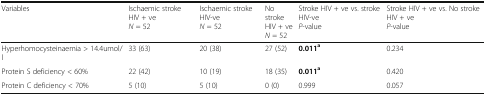
<table><thead><tr><td><b>Variables</b></td><td><b>Ischaemic stroke HIV + ve<i>N</i> = 52</b></td><td><b>Ischaemic stroke HIV-ve<i>N</i> = 52</b></td><td><b>No strokeHIV + ve<i>N</i> = 52</b></td><td><b>Stroke HIV + ve vs. stroke HIV-ve<i>P</i>-value</b></td><td><b>Stroke HIV + ve vs. No stroke HIV + ve<i>P</i>-value</b></td></tr></thead><tbody><tr><td>Hyperhomocysteinaemia &gt; 14.4umol/l</td><td>33 (63)</td><td>20 (38)</td><td>27 (52)</td><td><b>0.011</b><sup><b>a</b></sup></td><td>0.234</td></tr><tr><td>Protein S deficiency &lt; 60%</td><td>22 (42)</td><td>10 (19)</td><td>18 (35)</td><td><b>0.011</b><sup><b>a</b></sup></td><td>0.420</td></tr><tr><td>Protein C deficiency &lt; 70%</td><td>5 (10)</td><td>5 (10)</td><td>0 (0)</td><td>0.999</td><td>0.057</td></tr></tbody></table>